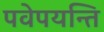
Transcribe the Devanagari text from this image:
पवेपयन्ति